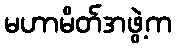
မဟာမိတ်အဖွဲ့က